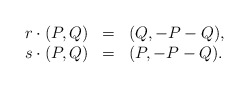
\begin{align*}\begin{array}{rcl}r\cdot (P,Q) & = & (Q,-P-Q),\\s\cdot (P,Q) & = & (P,-P-Q).\end{array}\end{align*}